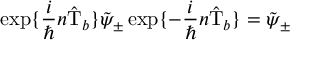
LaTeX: \exp \{ \frac { i } { \hbar } n \hat { \mathrm { T } } _ { b } \} \tilde { \psi } _ { \pm } \exp \{ - \frac { i } { \hbar } n \hat { \mathrm { T } } _ { b } \} = \tilde { \psi } _ { \pm }